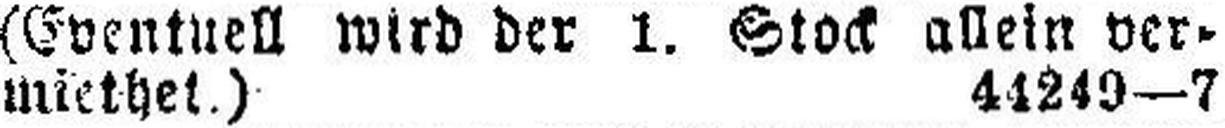
miethet.) 44240—7